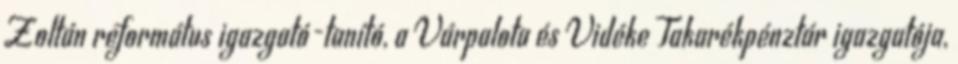
Zoltán református igazgató-tanító, a Várpalota és Vidéke Takarékpénztár igazgatója,